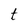
Character: t